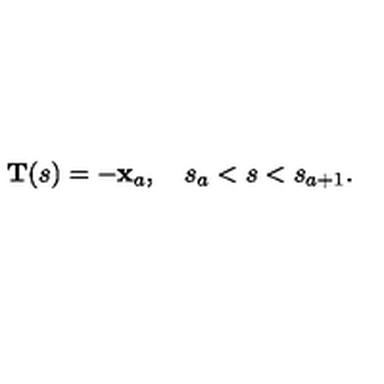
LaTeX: { \bf T } ( s ) = - { \bf x } _ { a } , \quad s _ { a } < s < s _ { a + 1 } .